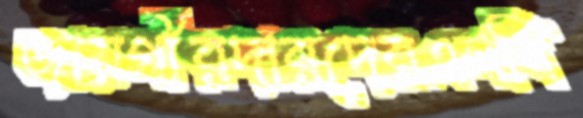
জায়গীরদারদেরএনবি